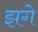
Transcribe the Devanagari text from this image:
झगे